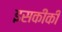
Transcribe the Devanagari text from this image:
इसकीकी